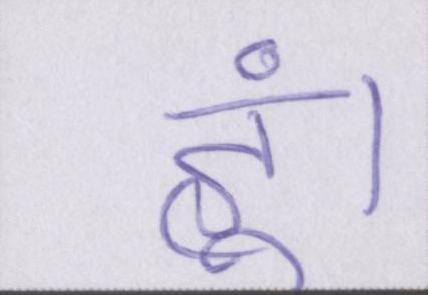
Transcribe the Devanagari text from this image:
हूं।